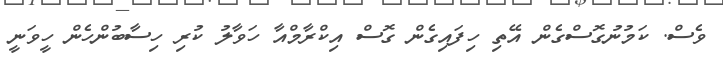
ވެސް. ކަމުނުގޮސްގެން އޭތި ހިފައިގެން ގޮސް އިކްރާމްއާ ހަވާލު ކުރި ހިސާބުންހެން ހީވަނީ